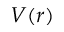
V ( r )